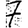
Digit: 7